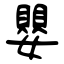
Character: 嬰